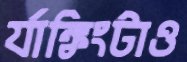
র‍্যাঙ্কিংটাও